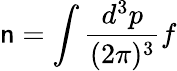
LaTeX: \mathsf{n}=\int\frac{{d^{3}p}}{{(2\pi)^{3}}}f